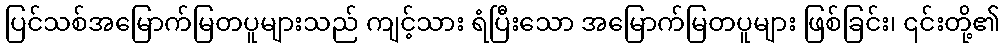
ပြင်သစ်အမြောက်မြတပူများသည် ကျင့်သား ရံပြီးသော အမြောက်မြတပူများ ဖြစ်ခြင်း၊ ၎င်းတို့၏